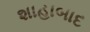
શાહાબાદ